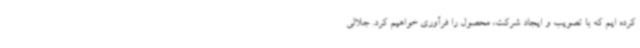
کرده ایم که با تصویب و ایجاد شرکت، محصول را فرآوری خواهیم کرد. جلالی